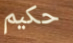
حكيم